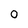
Character: 0